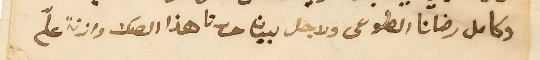
وكامل رضانا الطوعى ولاجل بيان حررنا هذا الصك وازنة علّى